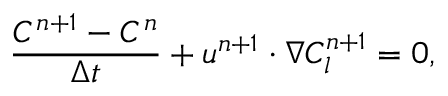
\frac { C ^ { n + 1 } - C ^ { n } } { \Delta t } + \boldsymbol { u } ^ { n + 1 } \cdot \nabla C _ { l } ^ { n + 1 } = 0 ,